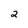
Character: 2